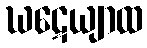
ဃဋေယျာထ